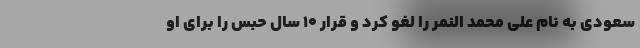
سعودی به نام علی محمد النمر را لغو کرد و قرار ۱۰ سال حبس را برای او